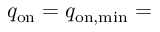
q _ { \mathrm { o n } } = q _ { \mathrm { o n , m i n } } =